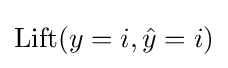
\mathrm {Lift} (y=i,{\hat {y}}=i)